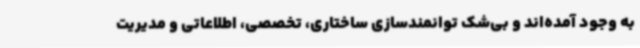
به وجود آمده‌اند و بی‌شک توانمندسازی ساختاری، تخصصی، اطلاعاتی و مدیریت